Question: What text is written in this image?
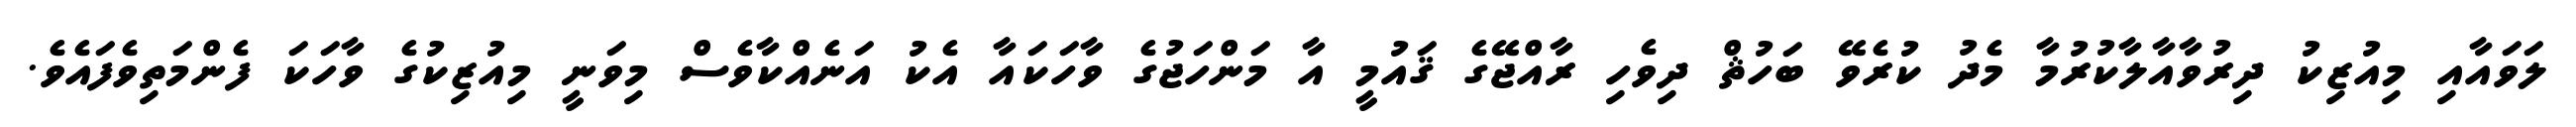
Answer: ލަވައާއި މިއުޒިކު ދިރުވާއާލާކުރުމާ މެދު ކުރެވޭ ބަހުޘް ދިވެހި ރާއްޖޭގެ ޤައުމީ އާ މަންހަޖުގެ ވާހަކައާ އެކު އަނެއްކާވެސް މިވަނީ މިއުޒިކުގެ ވާހަކަ ފެންމަތިވެފައެވެ.